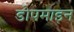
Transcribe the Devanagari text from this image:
डोपमाइन